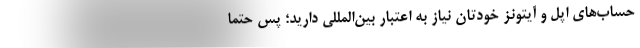
حساب‌های اپل و آیتونز خودتان نیاز به اعتبار بین‌المللی دارید؛ پس حتماً